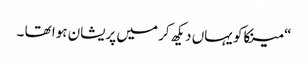
“ مینکاکو یہاں دیکھ کر میں پریشان ہوا تھا ۔